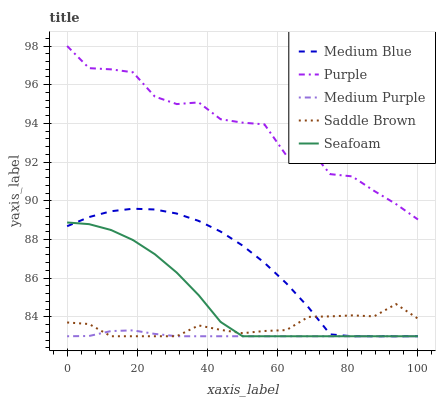
| xaxis_label | Medium Blue | Purple | Medium Purple | Saddle Brown | Seafoam |
 | --- | --- | --- | --- | --- | --- |
 | 0 | 88.7 | 98 | 83 | 83.7 | 88.9 |
 | 6.25 | 89.2 | 96.9 | 83 | 83.6 | 88.8 |
 | 12.5 | 89.5 | 96.8 | 83.3 | 83 | 88.5 |
 | 18.8 | 89.6 | 96.6 | 83.3 | 83 | 88 |
 | 25 | 89.6 | 95.4 | 83.1 | 83 | 87.2 |
 | 31.2 | 89.3 | 95 | 83 | 83 | 86.3 |
 | 37.5 | 89 | 95.1 | 83 | 83.6 | 85.1 |
 | 43.8 | 88.4 | 94.2 | 83 | 83.3 | 83.7 |
 | 50 | 87.7 | 94 | 83 | 83.2 | 83 |
 | 56.2 | 86.8 | 94 | 83 | 83.3 | 83 |
 | 62.5 | 85.7 | 92.3 | 83 | 83.3 | 83 |
 | 68.8 | 84.5 | 92.7 | 83 | 84 | 83 |
 | 75 | 83.1 | 91.4 | 83 | 84 | 83 |
 | 81.2 | 83 | 91.3 | 83 | 84.1 | 83 |
 | 87.5 | 83 | 90.5 | 83 | 84 | 83 |
 | 93.8 | 83 | 89.8 | 83 | 84.7 | 83 |
 | 100 | 83 | 89 | 83 | 83.9 | 83 |